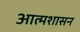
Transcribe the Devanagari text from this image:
आत्मशासन